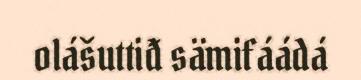
olášuttiđ sämifáádá